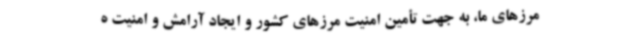
مرزهای ما، به جهت تأمین امنیت مرزهای کشور و ایجاد آرامش و امنیت ه